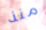
منذ